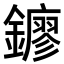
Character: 𨮛